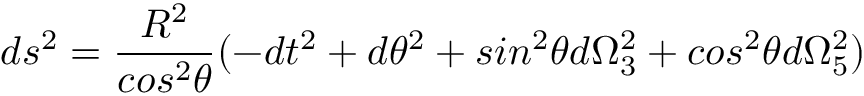
d s ^ { 2 } = \frac { R ^ { 2 } } { c o s ^ { 2 } \theta } ( - d t ^ { 2 } + d \theta ^ { 2 } + s i n ^ { 2 } \theta d \Omega _ { 3 } ^ { 2 } + c o s ^ { 2 } \theta d \Omega _ { 5 } ^ { 2 } )